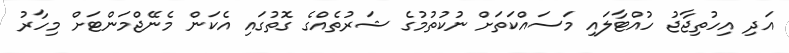
އަދި އިހުތިޖާޖު ހުއްޓާލައި މަސައްކަތަށް ނުކުތުމުގެ ޝަރުތެއްގެ ގޮތުގައި އެކަން މެނޭޖްމަންޓަށް މިހާރު